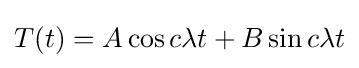
T(t)=A\cos c\lambda t+B\sin c\lambda t